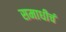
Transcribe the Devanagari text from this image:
समाधीचं